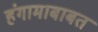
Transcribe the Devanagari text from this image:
हंगामाबाबत